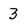
Character: 3